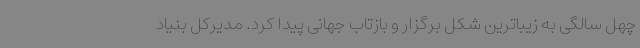
چهل سالگی به زیباترین شکل برگزار و بازتاب جهانی پیدا کرد. مدیرکل بنیاد